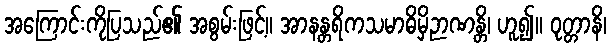
အကြောင်းကိုပြသည်၏ အစွမ်းဖြင့်။ အာနန္တရိကသမာဓိမှိဉာဏန္တိ၊ ဟူ၍။ ဝုတ္တာနိ၊